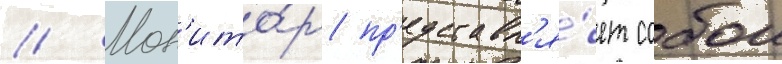
// Мон'ито́р пр'едставл'я́ет собои